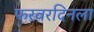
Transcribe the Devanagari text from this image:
फरवरदिनला